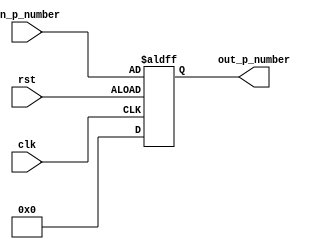
//PC
//Hrier
//2020/11/29

module PC ( 
    input wire clk,
    input wire rst,

    input wire[31:0] in_p_number,
    output wire[31:0] out_p_number
);

reg[31:0] counter;

always @(posedge clk or negedge rst) begin
    if(rst)begin
        counter <= 32'b0;
    end else begin
        counter <= in_p_number;
    end
end

assign out_p_number = counter;

endmodule